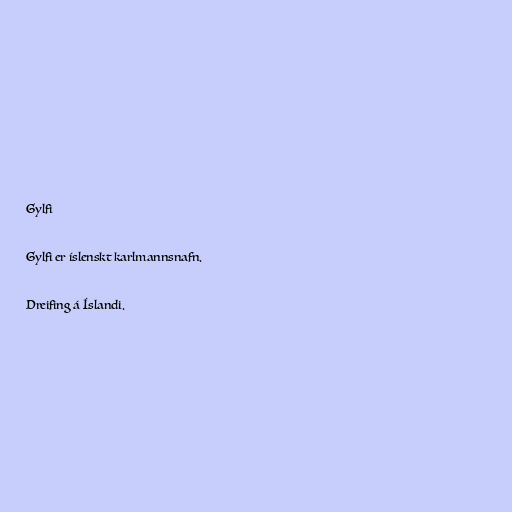
Gylfi

Gylfi er íslenskt karlmannsnafn.

Dreifing á Íslandi.